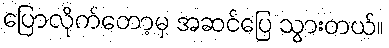
ပြောလိုက်တော့မှ အဆင်ပြေ သွားတယ်။